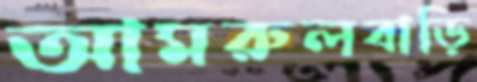
আমরুলবাড়ি